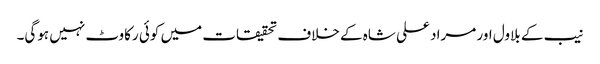
نیب کے بلاول اور مراد علی شاہ کے خلاف تحقیقات میں کوئی رکاوٹ نہیں ہوگی۔